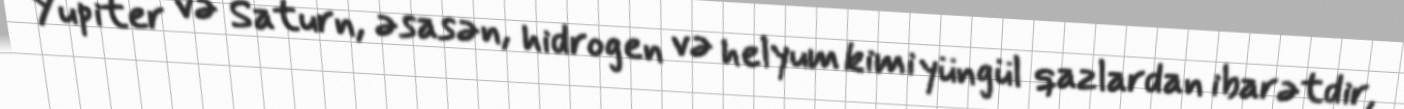
Yupiter və Saturn, əsasən, hidrogen və helyum kimi yüngül qazlardan ibarətdir,